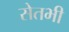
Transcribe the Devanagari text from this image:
सेतभी